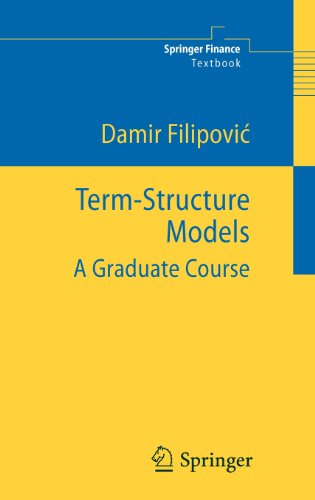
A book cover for Term-Structure Models: A Graduate Course (Springer Finance / Springer Finance Textbooks); Damir Filipovic; Science & Math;